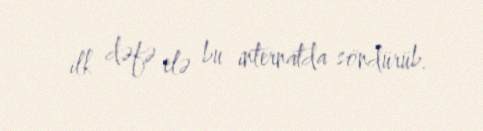
ilk dəfə elə bu internatda söndürüb.